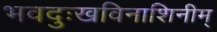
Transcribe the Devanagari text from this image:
भवदुःखविनाशिनीम्